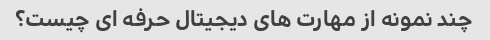
چند نمونه از مهارت های دیجیتال حرفه ای چیست؟